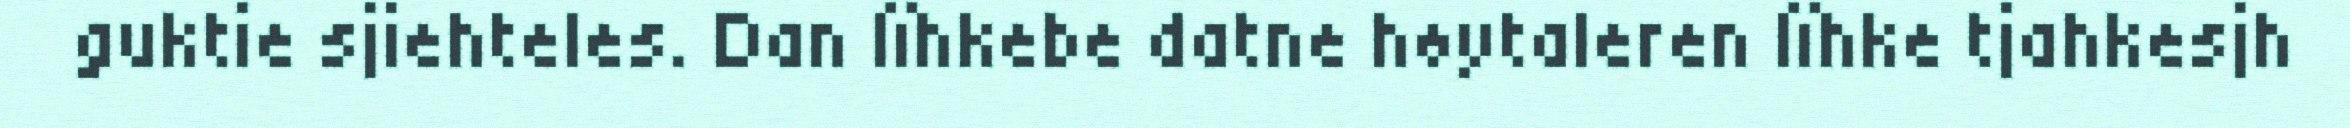
guktie sjiehteles. Dan lïhkebe datne høytaleren lïhke tjahkesjh